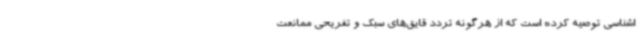
اشناسی توصیه کرده است که از هرگونه تردد قایق‌های سبک و تفریحی ممانعت